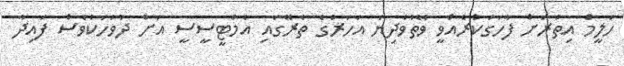
ހަލީމް އިތުރަށް ފާހަގަކުރެއްވީ ވޭތުވެދިޔަ އަހަރުގެ ތެރޭގައި އެމްޓީސީސީ އަށް ދުވަހަކުވެސް ފައިދާ